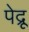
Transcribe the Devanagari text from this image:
पेद्रू